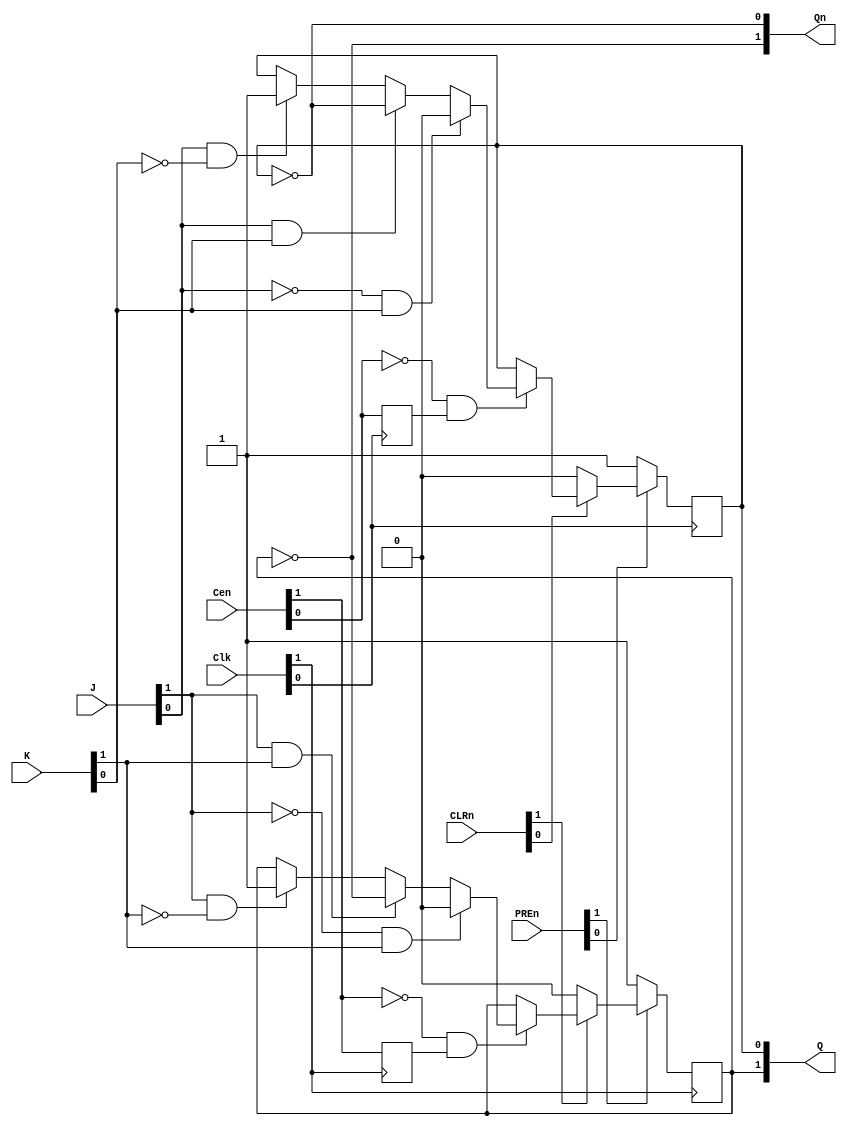
//ttl_74112_sync.v
//Dual J-K Negative-Edge-Triggered FF with Preset and Clear
`default_nettype none
`timescale 1ns/1ps

module ttl_74112_sync #(parameter BLOCKS = 2)
(
  input wire [BLOCKS-1:0] PREn,
  input wire [BLOCKS-1:0] CLRn,
  input wire [BLOCKS-1:0] J,
  input wire [BLOCKS-1:0] K,
  input wire [BLOCKS-1:0] Clk,
  input wire [BLOCKS-1:0] Cen,
  output wire [BLOCKS-1:0] Q,
  output wire [BLOCKS-1:0] Qn
);
reg [BLOCKS-1:0] Q_current;
reg [BLOCKS-1:0] last_cen;

generate
    genvar i;
    for (i = 0; i < BLOCKS; i = i + 1)
    begin: gen_blocks
        initial Q_current[i] = 1'b0;
        always @(posedge Clk[i])

        begin
			last_cen[i] <= Cen[i];
			if (!PREn[i]) begin //pseudo asynchronous preset
				Q_current[i] <= 1'b1; //PRESET
			end
			else if (!CLRn[i]) begin //pseudo asynchronous clear
				Q_current[i] <= 1'b0; //CLEAR
			end
			else if (!Cen[i] && last_cen[i]) begin //detect falling edge of Cen[i]
				if (!J[i] && K[i])
					Q_current[i] <= 1'b0; //set low
				else if (J[i] && K[i])
					Q_current[i] <= ~Q_current[i]; //toggle
				else if (J[i] && ~K[i])
					Q_current[i] <= 1'b1; //set high
				// else J=K=L
				//   Q_current[i] <= Q_current[i]; //hold value
			end
		end

		assign Q[i] = Q_current[i];
		assign Qn[i] = ~Q_current[i];
    end
endgenerate
endmodule